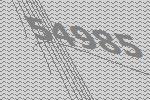
54985